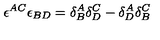
\epsilon ^ { A C } \epsilon _ { B D } = \delta _ { B } ^ { A } \delta _ { D } ^ { C } - \delta _ { D } ^ { A } \delta _ { B } ^ { C }